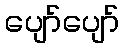
ပျော်ပျော်